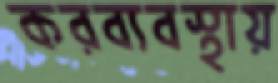
করব্যবস্থায়